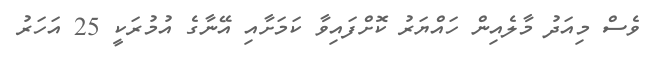
ވެސް މިއަދު މާލެއިން ހައްޔަރު ކޮށްފައިވާ ކަމަށާއި އޭނާގެ އުމުރަކީ 25 އަަހަރު